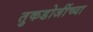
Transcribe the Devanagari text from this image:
तुकडोजींच्या